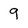
Character: 9